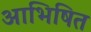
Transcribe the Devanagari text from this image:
आभिषित